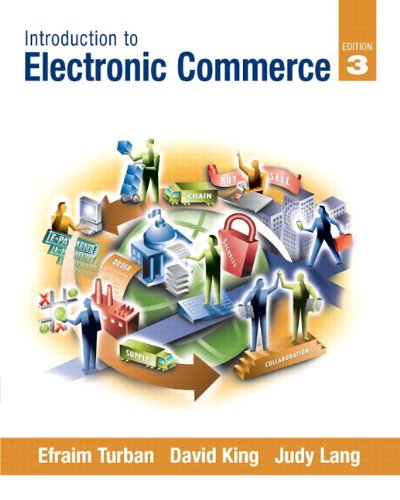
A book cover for Introduction to Electronic Commerce (3rd Edition) (Pearson Custom Business Resources); Efraim Turban; Computers & Technology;